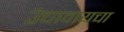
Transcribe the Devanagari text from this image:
उंचावायचा